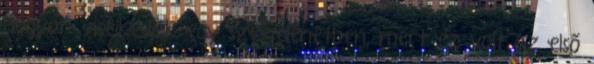
hogyan viselkedjék egy szexjelenetben, mert ez volt az első